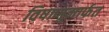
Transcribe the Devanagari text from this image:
विषाणूमार्फत